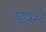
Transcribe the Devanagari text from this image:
शुद्रकाने